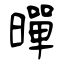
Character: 暺